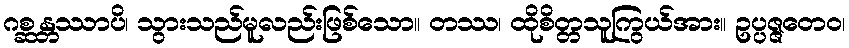
ဂစ္ဆန္တဿာပိ၊ သွားသည်မူလည်းဖြစ်သော။ တဿ၊ ထိုစိတ္တသူကြွယ်အား။ ဥပ္ပဇ္ဇတေဝ၊